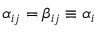
\alpha _ { i j } = \beta _ { i j } \equiv \alpha _ { i }